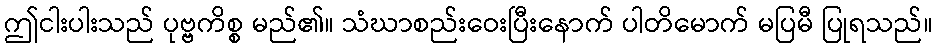
ဤငါးပါးသည် ပုဗ္ဗကိစ္စ မည်၏။ သံဃာစည်းဝေးပြီးနောက် ပါတိမောက် မပြမီ ပြုရသည်။